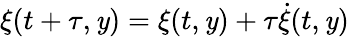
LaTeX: \xi(t+\tau,\mathit{y})=\xi(t,\mathit{y})+\tau\dot{{\xi}}(t,\mathit{y})